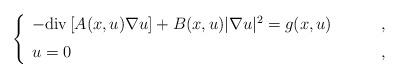
LaTeX: \begin{align*}\left\{\begin{array}{ll}- \mathrm{div}\left[A(x,u)\nabla u\right]+ B(x,u)|\nabla u|^2 = g(x,u)&\qquad\,,\\\noalign{\medskip}u=0&\qquad\,,\end{array}\right.\end{align*}